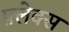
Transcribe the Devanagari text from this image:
फ़्लेक्स